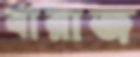
বারাজ